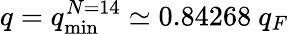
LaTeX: q=q_{\mathrm{min}}^{N=14}\simeq 0.84268~q_{F}